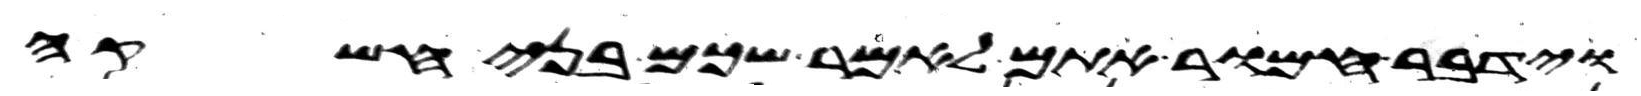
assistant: וידבר חמור אתם לאמר שכם בני חשקה